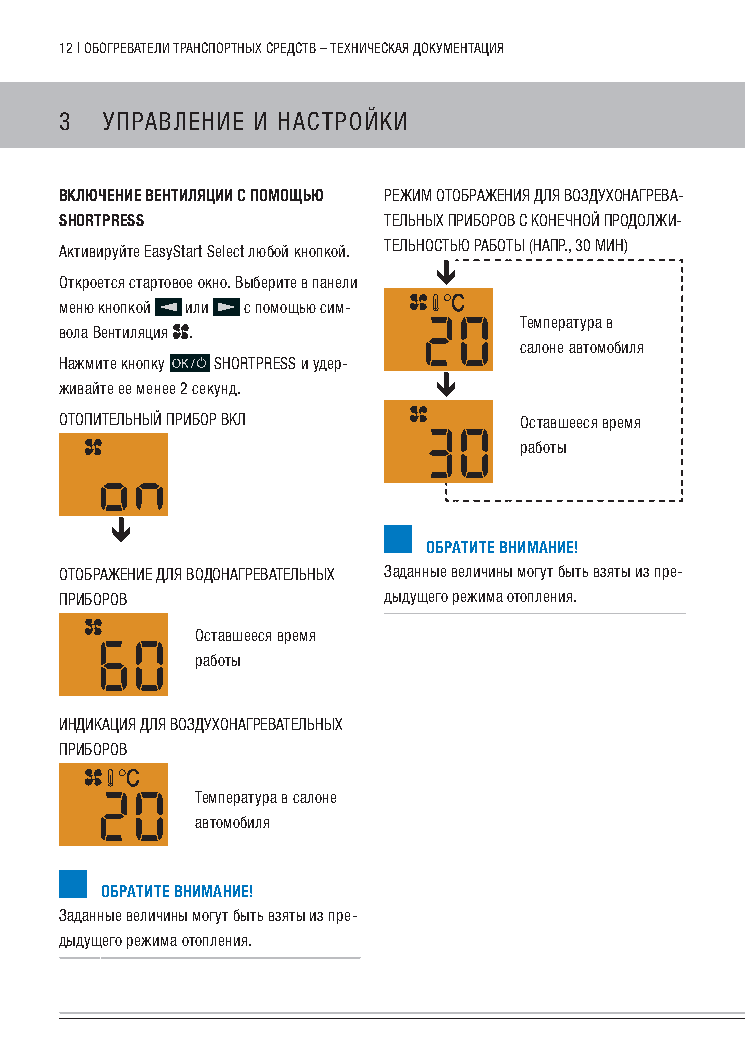
12 | обогРеватели тРанспоРтных сРедств – техническая документация
 3  упРавление и настРойки
 включение вентиляции с помощью Режим отобРажения для воздухонагРева-
 sHoRtpREss           тельных пРибоРов с конечной пРодолжи-
 активируйте Easystart select любой кнопкой. тельностьЮ Работы (напР., 30 мин)
 откроется стартовое окно. выберите в панели
 меню кнопкой или с помощью сим-
 температура в
 вола вентиляция .
 салоне автомобиля
 нажмите кнопку shORTpREss и удер-
 живайте ее менее 2 секунд.
 отопительный пРибоР вкл       оставшееся время
 работы
 обРатите внимание!
 отобРажение для водонагРевательных заданные величины могут быть взяты из пре-
 пРибоРов             дыдущего режима отопления.
 оставшееся время
 работы
 индикация для воздухонагРевательных
 пРибоРов
 температура в салоне
 автомобиля
 обРатите внимание!
 заданные величины могут быть взяты из пре-
 дыдущего режима отопления.